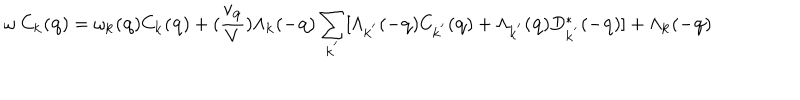
LaTeX: \omega \mathrm { ~ } C _ { { \bf { k } } } ( { \bf { q } } ) = \omega _ { { \bf { k } } } ( { \bf { q } } ) C _ { { \bf { k } } } ( { \bf { q } } ) + ( \frac { v _ { { \bf { q } } } } { V } ) \Lambda _ { { \bf { k } } } ( - { \bf { q } } ) \sum _ { { \bf { k } } ^ { ' } } [ \Lambda _ { { \bf { k } } ^ { ' } } ( - { \bf { q } } ) C _ { { \bf { k } } ^ { ' } } ( { \bf { q } } ) + \Lambda _ { { \bf { k } } ^ { ' } } ( { \bf { q } } ) D _ { { \bf { k } } ^ { ' } } ^ { * } ( - { \bf { q } } ) ] + \Lambda _ { { \bf { k } } } ( - { \bf { q } } )